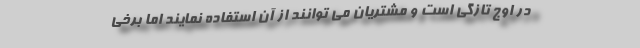
در اوج تازگی است و مشتریان می توانند از آن استفاده نمایند اما برخی